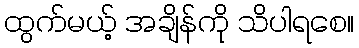
ထွက်မယ့် အချိန်ကို သိပါရစေ။